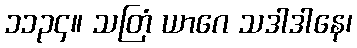
၁၁၃၄။ သတြံ ယာဂေ သဒါဒါနေ၊